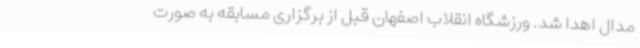
مدال اهدا شد. ورزشگاه انقلاب اصفهان قبل از برگزاری مسابقه به صورت